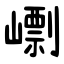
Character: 㠒